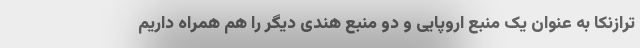
ترازنکا به عنوان یک منبع اروپایی و دو منبع هندی دیگر را هم همراه داریم